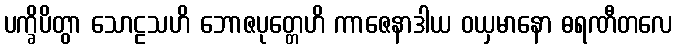
ပက္ခိပိတွာ သောဠသဟိ ဘောဇပုတ္တေဟိ ကာဇေနာဒါယ ဝယှမာနော ဓရဏီတလေ